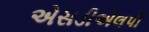
એસડીએલપી